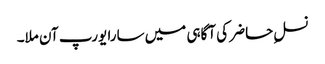
نسلِ حاضر کی آگاہی میں سارا یورپ آن ملا۔